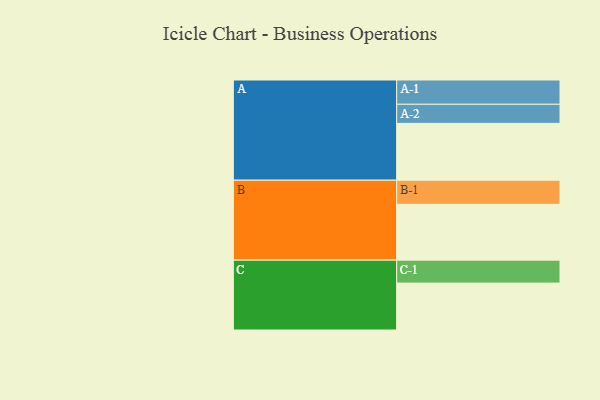
{"axis": {"x": "Segment", "y": "Value"}, "legend": ["", "A", "B", "C"], "data": [{"x": "A", "y": 384, "type": ""}, {"x": "B", "y": 377, "type": ""}, {"x": "C", "y": 317, "type": ""}, {"x": "A-1", "y": 164, "type": "A"}, {"x": "A-2", "y": 129, "type": "A"}, {"x": "B-1", "y": 163, "type": "B"}, {"x": "C-1", "y": 155, "type": "C"}]}